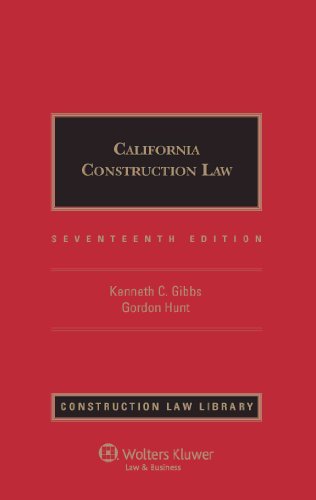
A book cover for California Construction Law 17e (Construction Law Library); Kenneth C. Gibbs; Law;